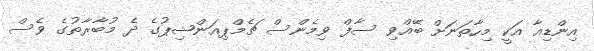
އިންޑިއާ އަކީ މިހާތަނަށް ބޭއްވި ސާފް ވިމެންސް ޗެމްޕިއަންޝިޕުގެ ދެ މުބާރާތުގެ ވެސް